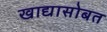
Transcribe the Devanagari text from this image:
खाद्यासोबत